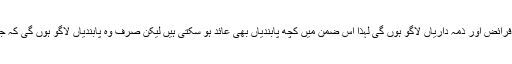
شق نمبر ۲ میں درج حق کی بجاآوری کے دوران خاص فرائض اور ذمہ داریاں لاگو ہوں گی لہٰذا اس ضمن میں کچھ پابندیاں بھی عائد ہو سکتی ہیں لیکن صرف وہ پابندیاں لاگو ہوں گی کہ جن کا قانون میں ذکر ہے اور ضروری سمجھی جائیں گی۔